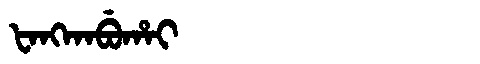
Manchu: ᡶᠠᠩᡴᠠᠪᡠᡥᠠᡳ
Romanization: FANGKABUHAI